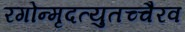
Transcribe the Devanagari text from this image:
रगोन्मृदत्युतच्चैरव